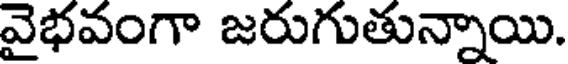
వైభవంగా జరుగుతున్నాయి.